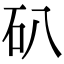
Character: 𥐙